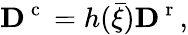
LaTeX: {\mathbf D}^{\mathrm{~c~}}=h(\bar{\xi}){\mathbf D}^{\mathrm{~r~}},